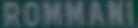
ROMMANI